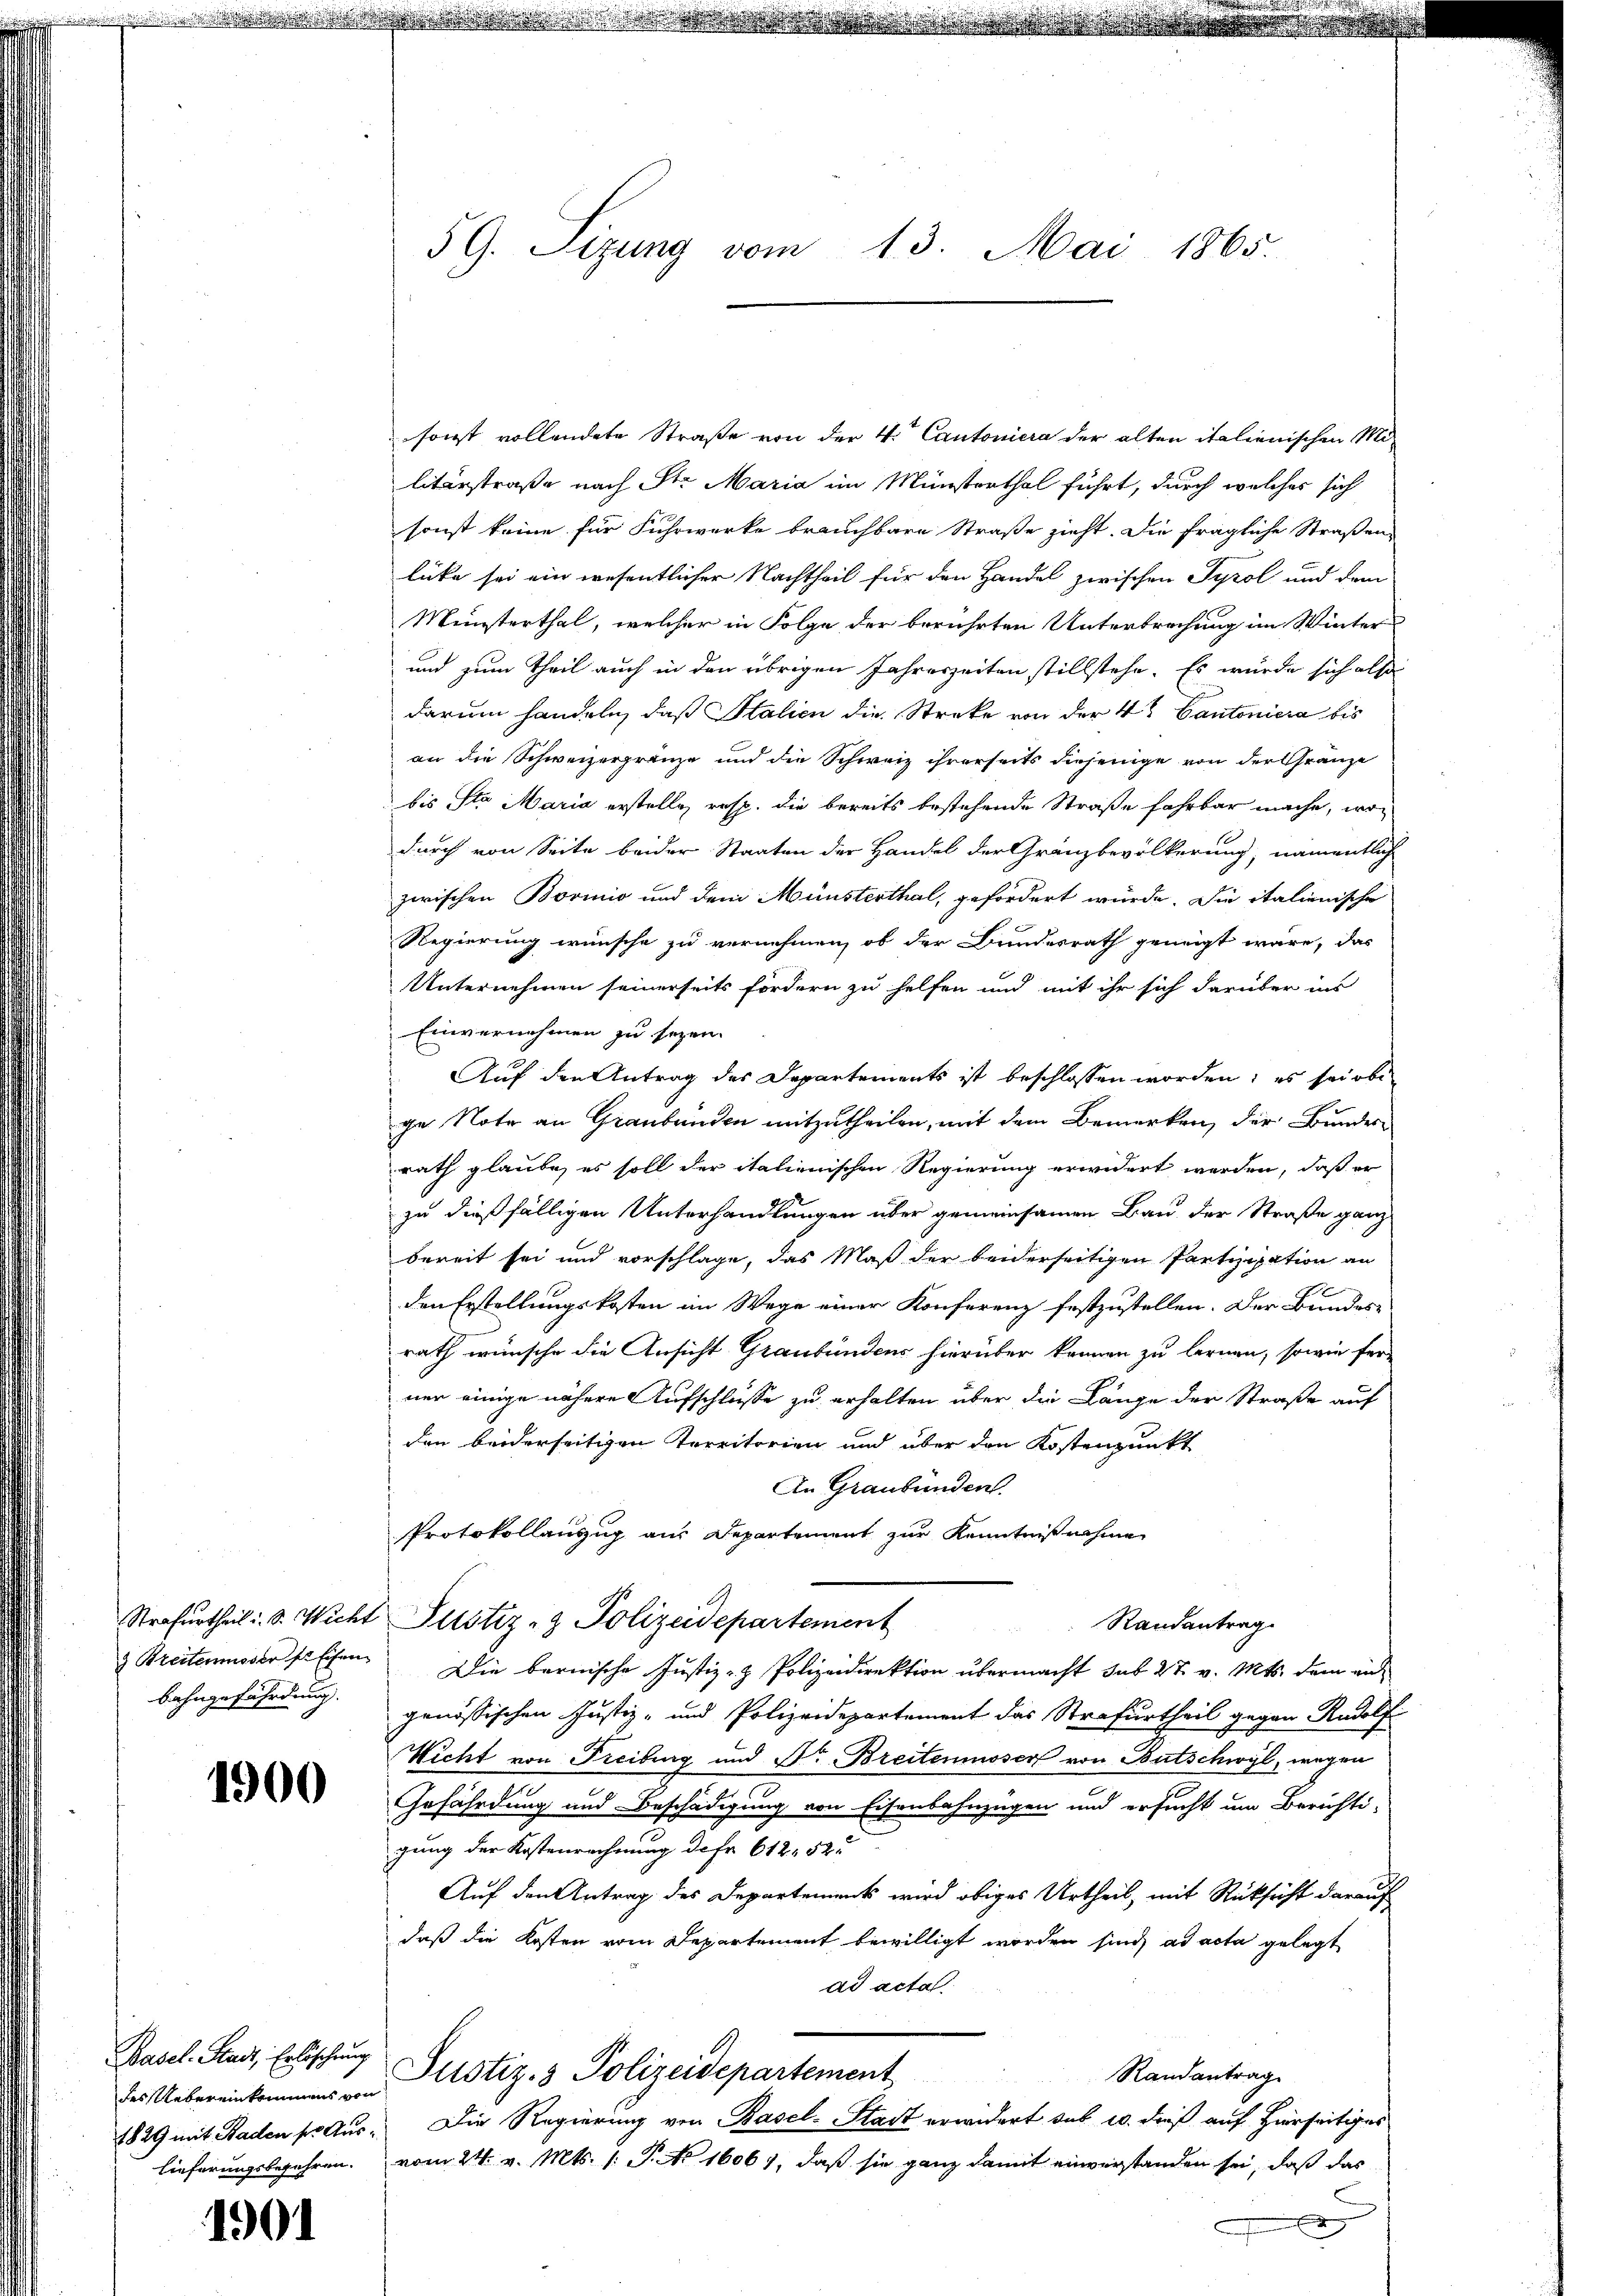
e

bahngefährdung.

1900

Basel-Stadt, Erlöschung
des Uebereinkommens von

1901

59. Sizung vom 13. Mai 1865.

sonst vollendete Straße von der 4. Cantoniera der alten italienischen Militärstraße nach St. Maria im Münsterthal führt, durch welches sich
sonst keine für Fuhrwerke brauchbare Straße zieht. Die fragliche Straßen-
lüte sei ein wesentlicher Nachtheil für den Handel zwischen Tyrol und dem
Münsterthal, welcher in Folge der berührten Unterbrechung im Winter-
und zum Theil auch in den übrigen Jahreszeiten stillstehe. Es würde sich also
darum handeln, daß Stalien die Streke von der 4 Cantoniera bis
an die Schweizergränze und die Schweiz ihrerseits diejenige von der Gränze
bis Sto Maria erstelle, resp. die bereits bestehende Straße fahrbar mache, wodurch von Seite beider Staaten der Handel der Gränzbevölkerung, namentlich
zwischen Bovinio und dem Münsterthal, gefordert würde. Die italienische
Regierung wünsche zu vernehmen, ob der Bundesrath geneigt wäre, das
Unternehmen seinerseits fordern zu helfen und mit ihr sich darüber ins
Einvernehmen zu seyen.
 Auf den Antrag des Departements ist beschlossen worden; es sei obe
ge Note an Graubünden mitzutheilen, mit dem Bemerken, der Bundesrath glaube, es soll der italienischen Regierung erwidert werden, daß er
zu dießfälligen Unterhandlungen über gemeinsamen Bau der Straße ganz
bereit sei und vorschlage, das Maß der beiderseitigen Partizipation an
den Erstellungskosten im Wege einer Konferenz festzustellen. Der Bundes-
rath wünsche die Ansicht Graubündens hierüber können zu lernen, sowie fer-
ner einige nähere Aufschlüsse zu erhalten über die Länge der Straße auf
den beiderseitigen Territorien und über den Kostenpunkt
An Graubünden.
Protokollauszug aus Departement zur Kenntnißnahme
Strafurtheil i. S. Wicht Pustiz- & Polizeidepartement
Randantrag.
& Breitenmoser stehen. Die bernische Justiz- & Polizeidirektion übermacht sub 27. v. Mts. dem ein
genössischen Justiz- und Polizeidepartement das Strafurtheil gegen Rudolf
Nicht von Freiburg und Dr. Breitenmoser von Butschwyl, wegen
Gefährdung und Beschädigung von Eisenbahnzügen und ersucht um Berichti-
gung der Kostenrechnung der 612, 522
Auf den Antrag des Departements wird obiges Urtheil, mit Rüksicht darauf
daß die Kosten vom Departement bewilligt worden sind, ad acta gelegt
ad acta
Justiz- & Polizeidepartement
Randantrag
1829 mit Baden so aus. Die Regierung von Basel-Stadt erwidert sub 20. dieß auf Hierseitiges
lieferungsbegehren. vom 24. v. Mts. 1. P. No 16067, daß sie ganz damit einverstanden sei, daß das
x